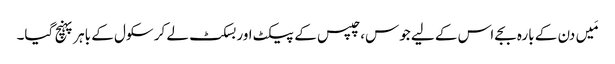
مَیں دن کے بارہ بجے اس کے لیے جوس، چپس کے پیکٹ اور بسکٹ لے کر سکول کے باہر پہنچ گیا۔